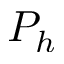
P _ { h }